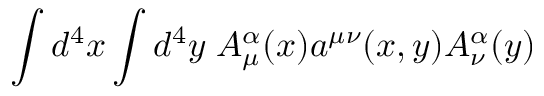
\int d ^ { 4 } x \int d ^ { 4 } y \; A _ { \mu } ^ { \alpha } ( x ) a ^ { \mu \nu } ( x , y ) A _ { \nu } ^ { \alpha } ( y )